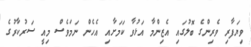
ވިޔަފާރި ވެރިންގެ ބޮލުގައި އެޒިންމާ އަޅުވާ ކަމަށާއި އެހެން ނަމަވެސް މިއީ ސަރުކާރުގެ